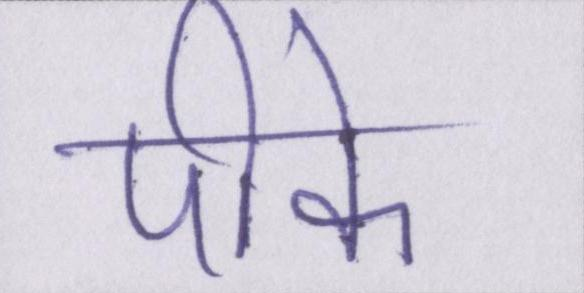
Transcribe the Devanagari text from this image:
पीके